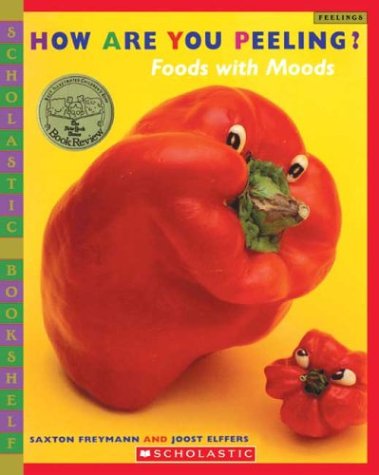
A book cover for How Are You Peeling? (Scholastic Bookshelf); Saxton Freymann; Children's Books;